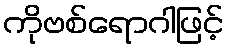
ကိုဗစ်ရောဂါဖြင့်